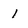
Character: 1